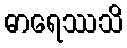
ဓာရေဿသိ